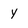
Character: y